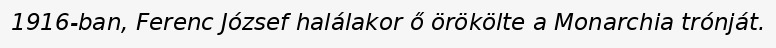
1916-ban, Ferenc József halálakor ő örökölte a Monarchia trónját.